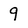
Character: 9